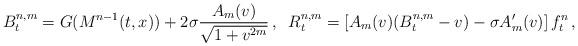
LaTeX: \begin{align*}B^{n,m}_t = G(M^{n-1}(t,x)) + 2 \sigma \frac{A_m(v)}{\sqrt{1+v^{2m}}}\,,\;\; R^{n,m}_t = \left[A_m(v)(B^{n,m}_t - v) - \sigma A_m'(v)\right] f^{n}_t \, ,\end{align*}